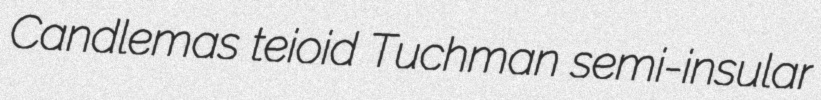
Candlemas teioid Tuchman semi-insular